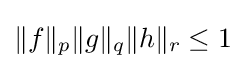
\|f\|_{p}\|g\|_{q}\|h\|_{r}\leq 1